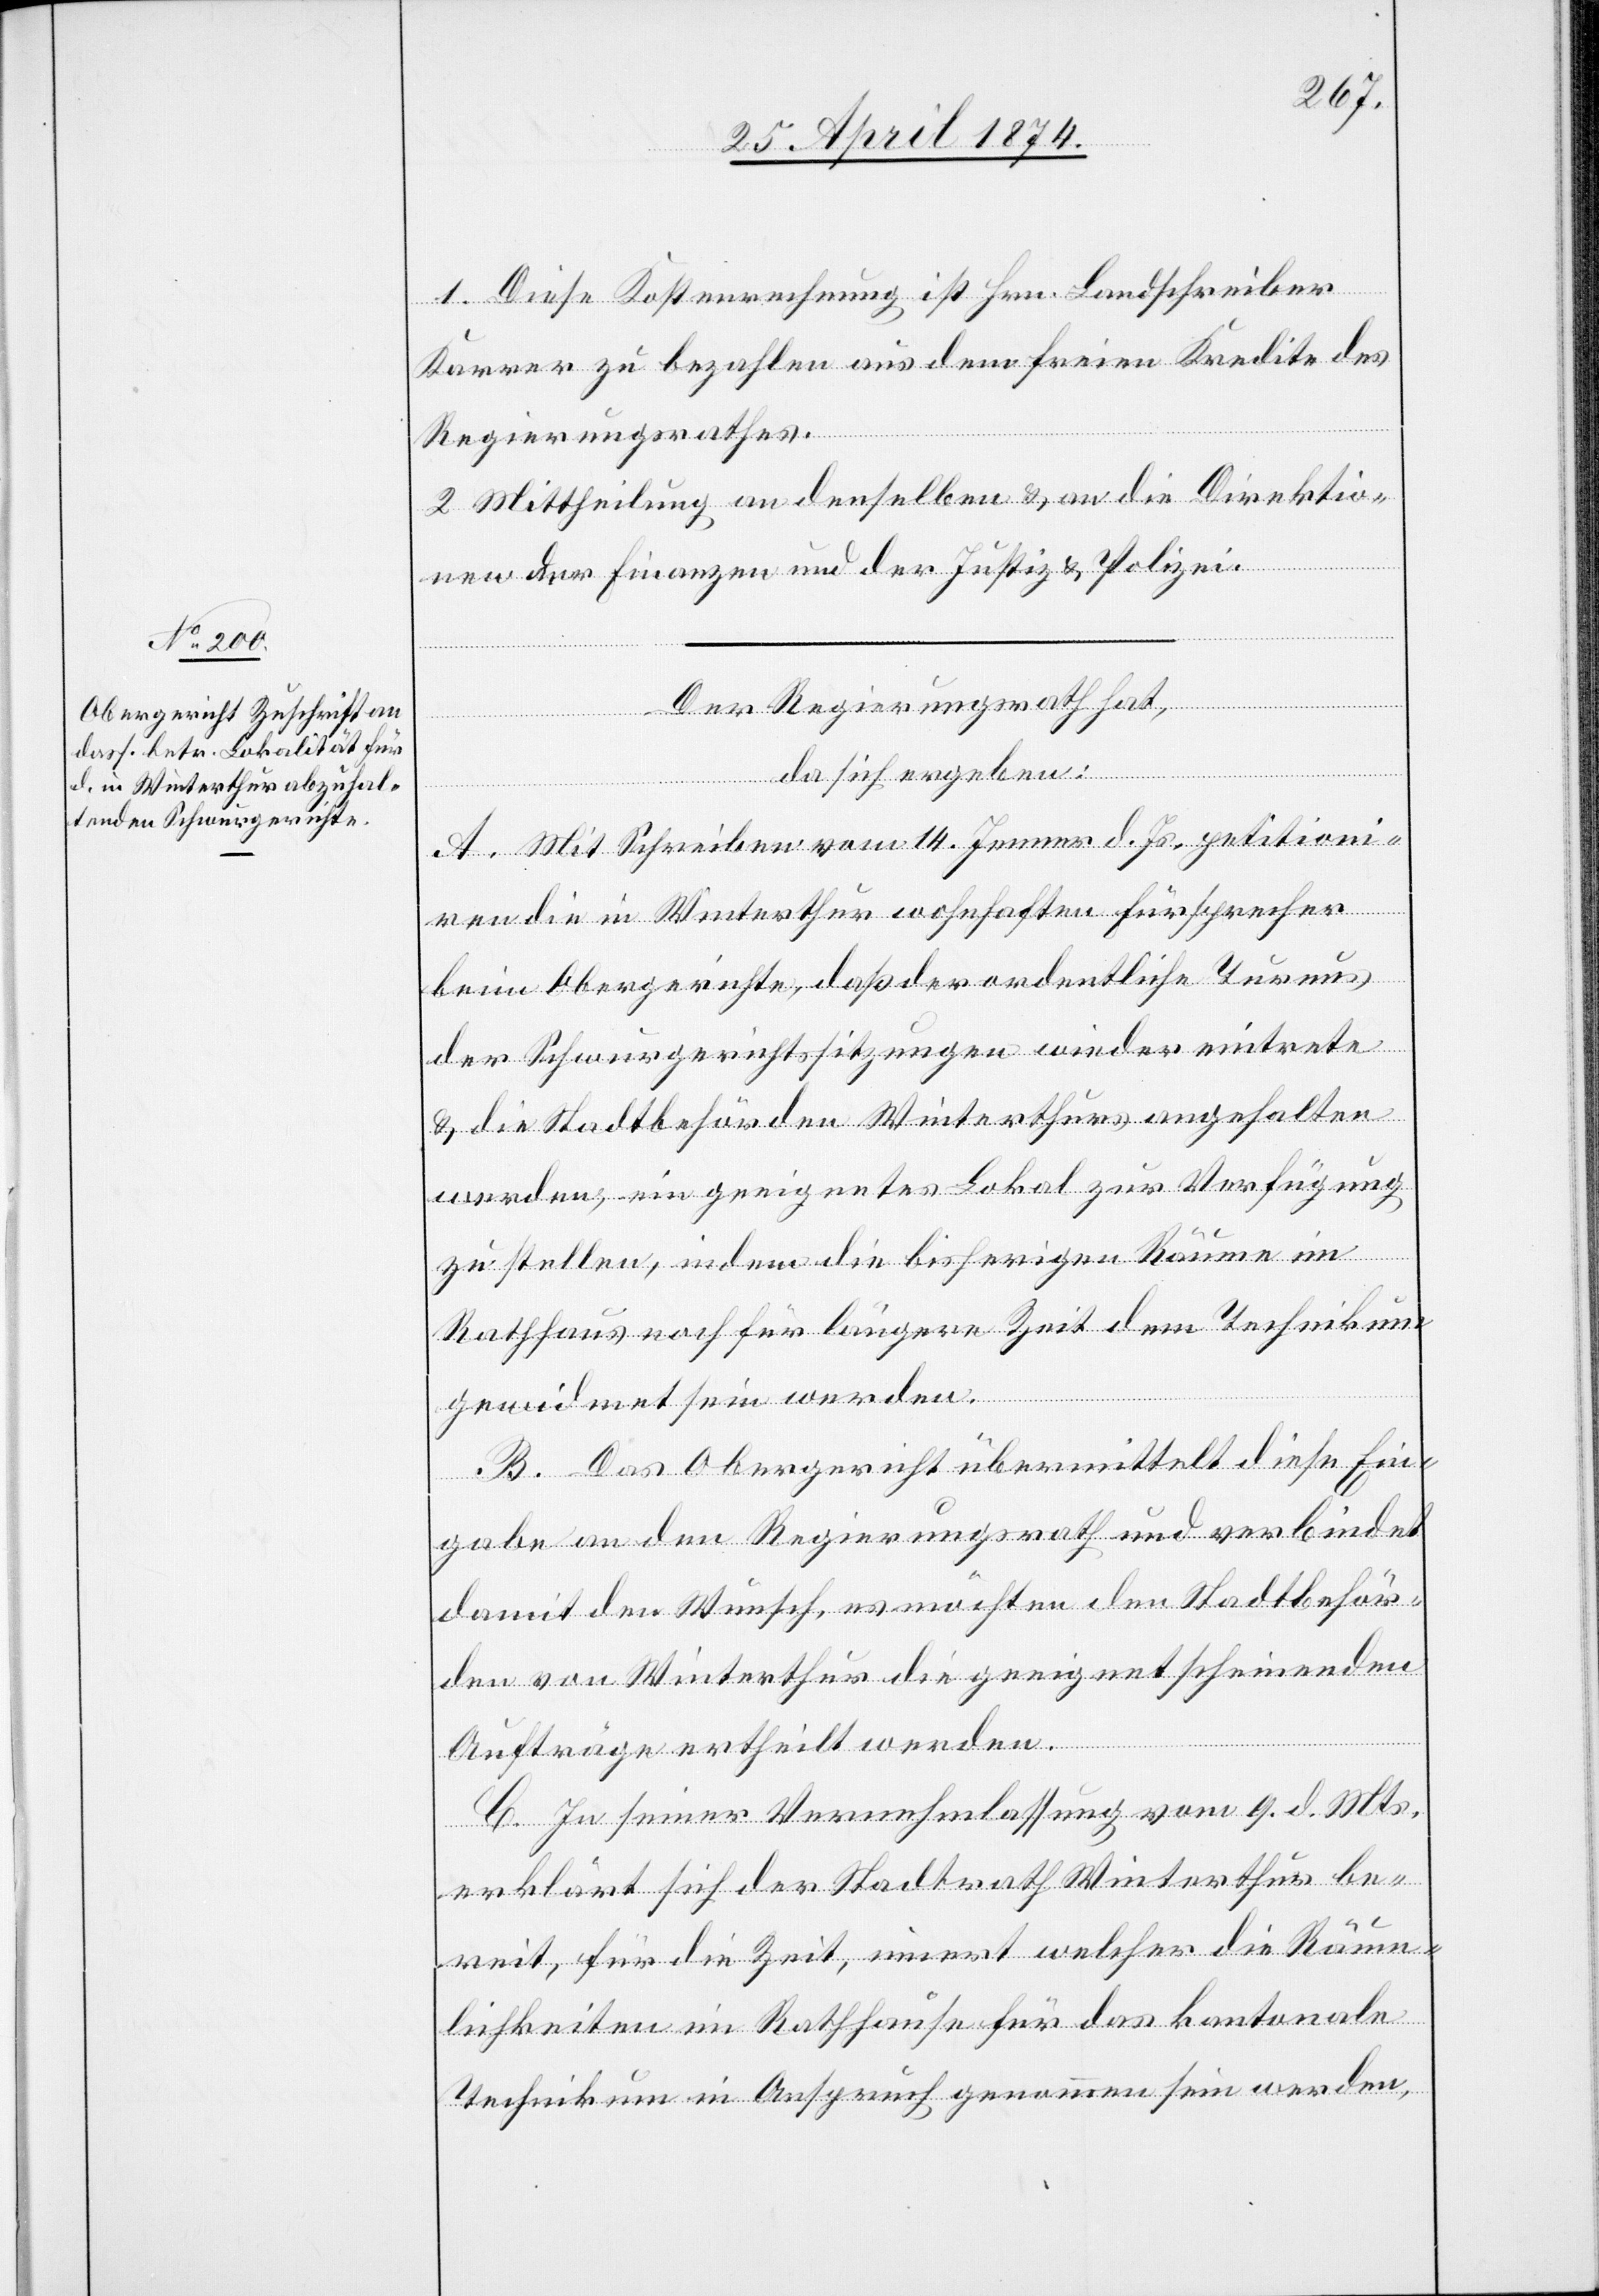
1. Diese Kostenrechnung ist Hrn. Landschreiber
Karrer zu bezahlen aus dem freien Kredite des
Regierungsrathes.
2. Mittheilung an denselben u. an die Direktio¬
nen der Finanzen und der Justiz u. Polizei.
Der Regierungsrath hat
da sich ergeben:
A. Mit Schreiben vom 14. Jenner d. Js. petitioni¬
ren die in Winterthur wohnhaften Fürsprecher
beim Obergerichte, daß der ordentliche Turnus
der Schwurgerichtssitzungen wieder eintrete
u. die Stadtbehörden Winterthurs angehalten
werden, ein geeignetes Lokal zur Verfügung
zu stellen, in dem die bisherigen Räume im
Rathhaus noch für längere Zeit dem Technikum
gewidmet sein werden.
B. Das Obergericht übermittelt diese Ein¬
gabe an den Regierungsrath und verbindet
damit den Wunsch, es möchten den Stadtbehör¬
den von Winterthur die geeignet scheinenden
Aufträge ertheilt werden.
C. In seiner Vernehmlassung vom 9. d. Mts.
erklärt sich der Stadtrath Winterthur be¬
reit, für die Zeit, innert welcher die Räum¬
lichkeiten im Rathhause für das kantonale
Technikum in Anspruch genommen sein werden,